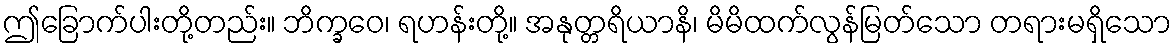
ဤခြောက်ပါးတို့တည်း။ ဘိက္ခဝေ၊ ရဟန်းတို့။ အနုတ္တရိယာနိ၊ မိမိထက်လွန်မြတ်သော တရားမရှိသော